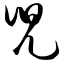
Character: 兜